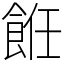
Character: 餁